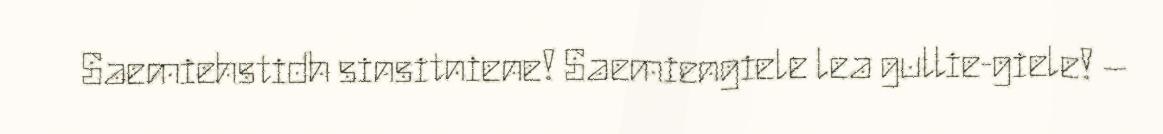
Saemiehstidh sinsitniene! Saemiengiele lea gullie-giele! –